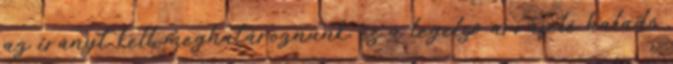
az irányt kell meghatároznunk, és a legelső arrafelé haladó